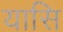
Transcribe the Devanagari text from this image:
यासि